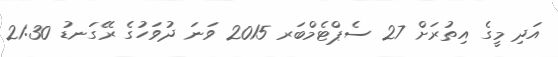
އަދި މީގެ އިތުރަށް 27 ސެޕްޓެމްބަރ 2015 ވަނަ ދުވަހުގެ ރޭގަނޑު 21:30